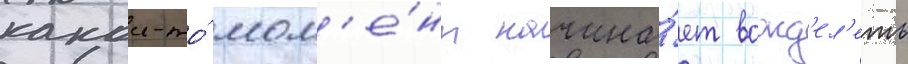
какои-то́ мом'е́нт начина́ет вожд'ел'еть